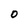
Character: O